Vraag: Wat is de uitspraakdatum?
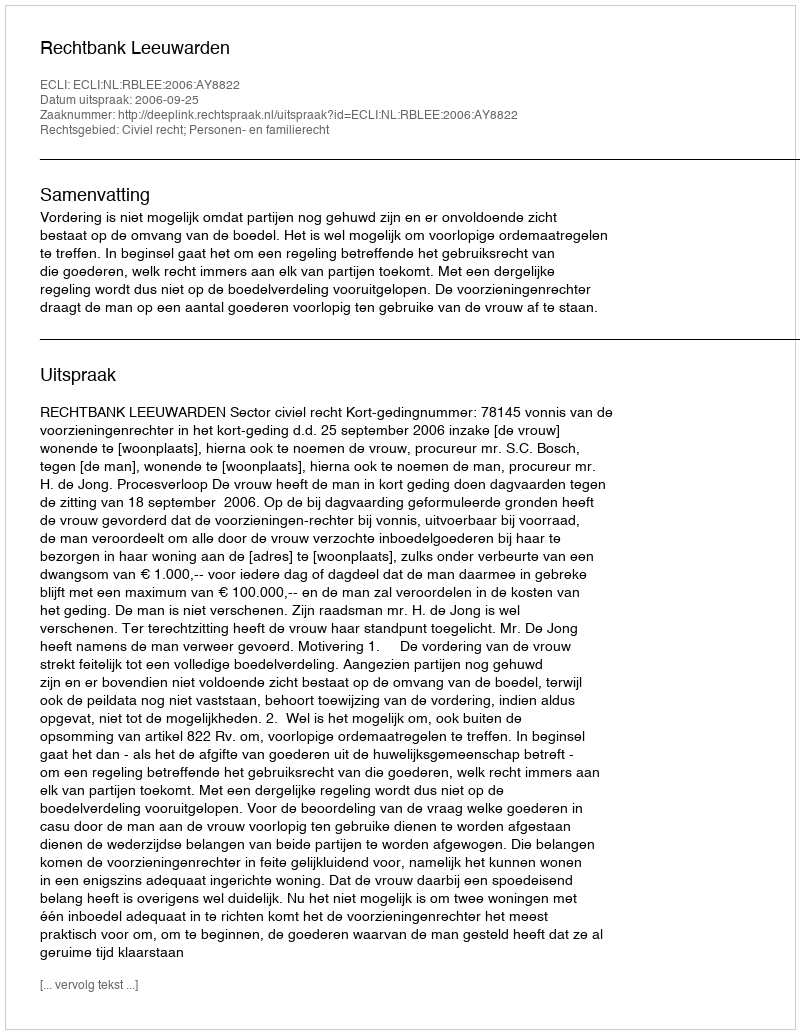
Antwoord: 2006-09-25